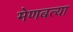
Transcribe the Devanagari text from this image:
मेणबत्या